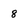
Character: 8